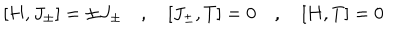
[ H , J _ { \pm } ] = \pm J _ { \pm } \quad , \quad [ J _ { \pm } , T ] = 0 \quad , \quad [ H , T ] = 0